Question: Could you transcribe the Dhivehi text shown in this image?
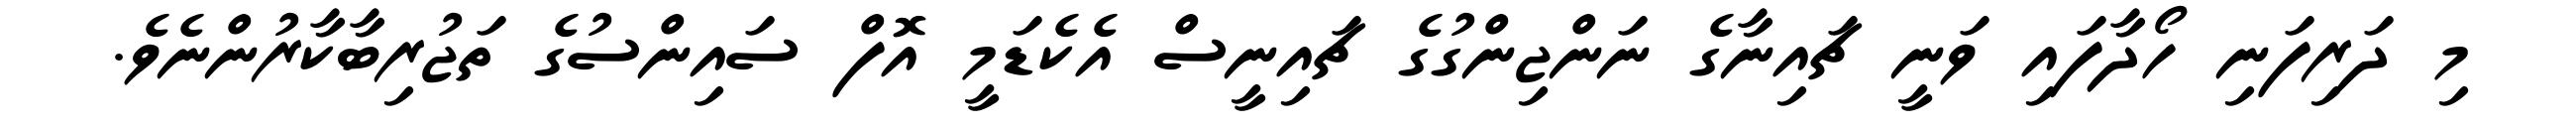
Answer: މި ދަރިފަނި ހޯދާފައި ވަނީ ޗައިނާގެ ނަންޖިންގުގެ ޗައިނީސް އެކެޑަމީ އޮފް ސައިންސުގެ ތަޖުރިބާކާރުންނެވެ.